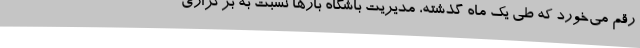
رقم می‌خورد که طی یک ماه گذشته، مدیریت باشگاه بارها نسبت به برگزاری